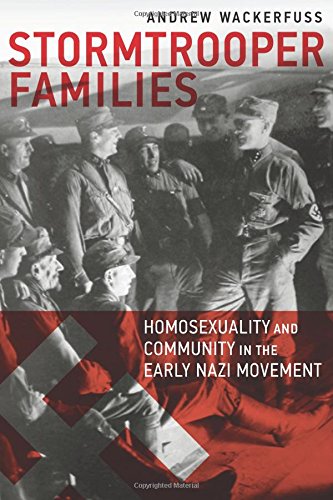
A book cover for Stormtrooper Families: Homosexuality and Community in the Early Nazi Movement; Andrew Wackerfuss; Gay & Lesbian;